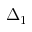
\Delta _ { 1 }